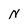
Character: N